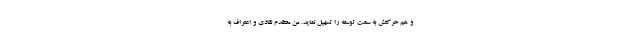
و هم حرکتش به سمت توسعه را تسهیل نماید. من معتقدم نقادی و اعتراف به